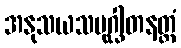
အနုသယသမုဂ္ဃါတနတ္ထံ